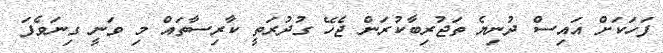
ފަހަކަށް އައިސް ދުނިޔެ ތަޖުރިބާކުރަން ޖެހޭ ގުދުރަތީ ކާރިސާތައް މި ވަނީ ގިނަވެފަ